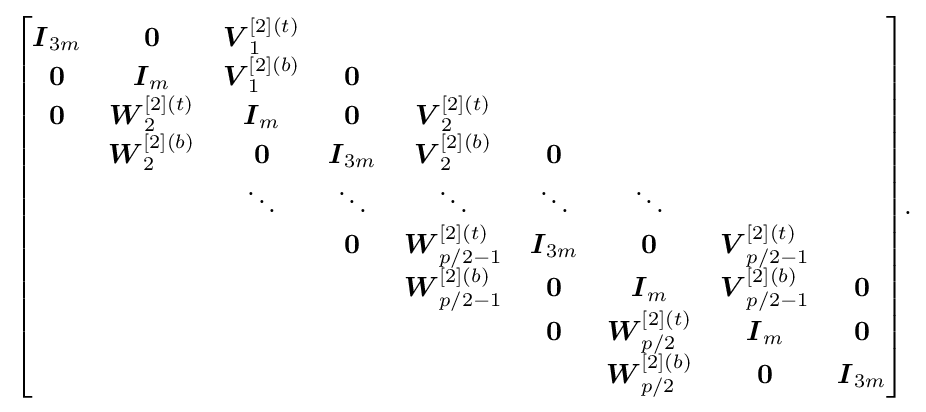
{\begin{bmatrix}{\boldsymbol {I}}_{3m}&{\boldsymbol {0}}&{\boldsymbol {V}}_{1}^{[2](t)}\\{\boldsymbol {0}}&{\boldsymbol {I}}_{m}&{\boldsymbol {V}}_{1}^{[2](b)}&{\boldsymbol {0}}\\{\boldsymbol {0}}&{\boldsymbol {W}}_{2}^{[2](t)}&{\boldsymbol {I}}_{m}&{\boldsymbol {0}}&{\boldsymbol {V}}_{2}^{[2](t)}\\&{\boldsymbol {W}}_{2}^{[2](b)}&{\boldsymbol {0}}&{\boldsymbol {I}}_{3m}&{\boldsymbol {V}}_{2}^{[2](b)}&{\boldsymbol {0}}\\&&\ddots &\ddots &\ddots &\ddots &\ddots \\&&&{\boldsymbol {0}}&{\boldsymbol {W}}_{p/2-1}^{[2](t)}&{\boldsymbol {I}}_{3m}&{\boldsymbol {0}}&{\boldsymbol {V}}_{p/2-1}^{[2](t)}\\&&&&{\boldsymbol {W}}_{p/2-1}^{[2](b)}&{\boldsymbol {0}}&{\boldsymbol {I}}_{m}&{\boldsymbol {V}}_{p/2-1}^{[2](b)}&{\boldsymbol {0}}\\&&&&&{\boldsymbol {0}}&{\boldsymbol {W}}_{p/2}^{[2](t)}&{\boldsymbol {I}}_{m}&{\boldsymbol {0}}\\&&&&&&{\boldsymbol {W}}_{p/2}^{[2](b)}&{\boldsymbol {0}}&{\boldsymbol {I}}_{3m}\end{bmatrix}}{\text{.}}